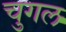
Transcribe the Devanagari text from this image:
चुगल